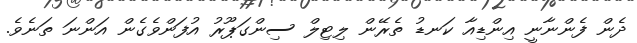
ދެން ފެންނާނީ އިންޑިއާ ކަނޑު ތެރޭން ލިޓިލް ސިންގަޕޫރު އުފަންވެގެން އަންނަ ތަނެވެ.